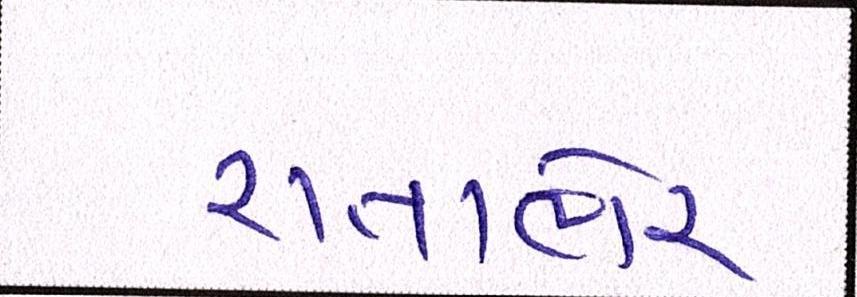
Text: રાતાભેર